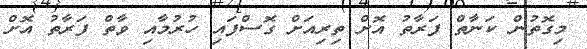
މިގޮތުން ކަނާތް ފަރާތު އޮށް ތިރިއަށް ގޮސްފައި ހުރުމާއި ވާތް ފަރާތު އޮށް